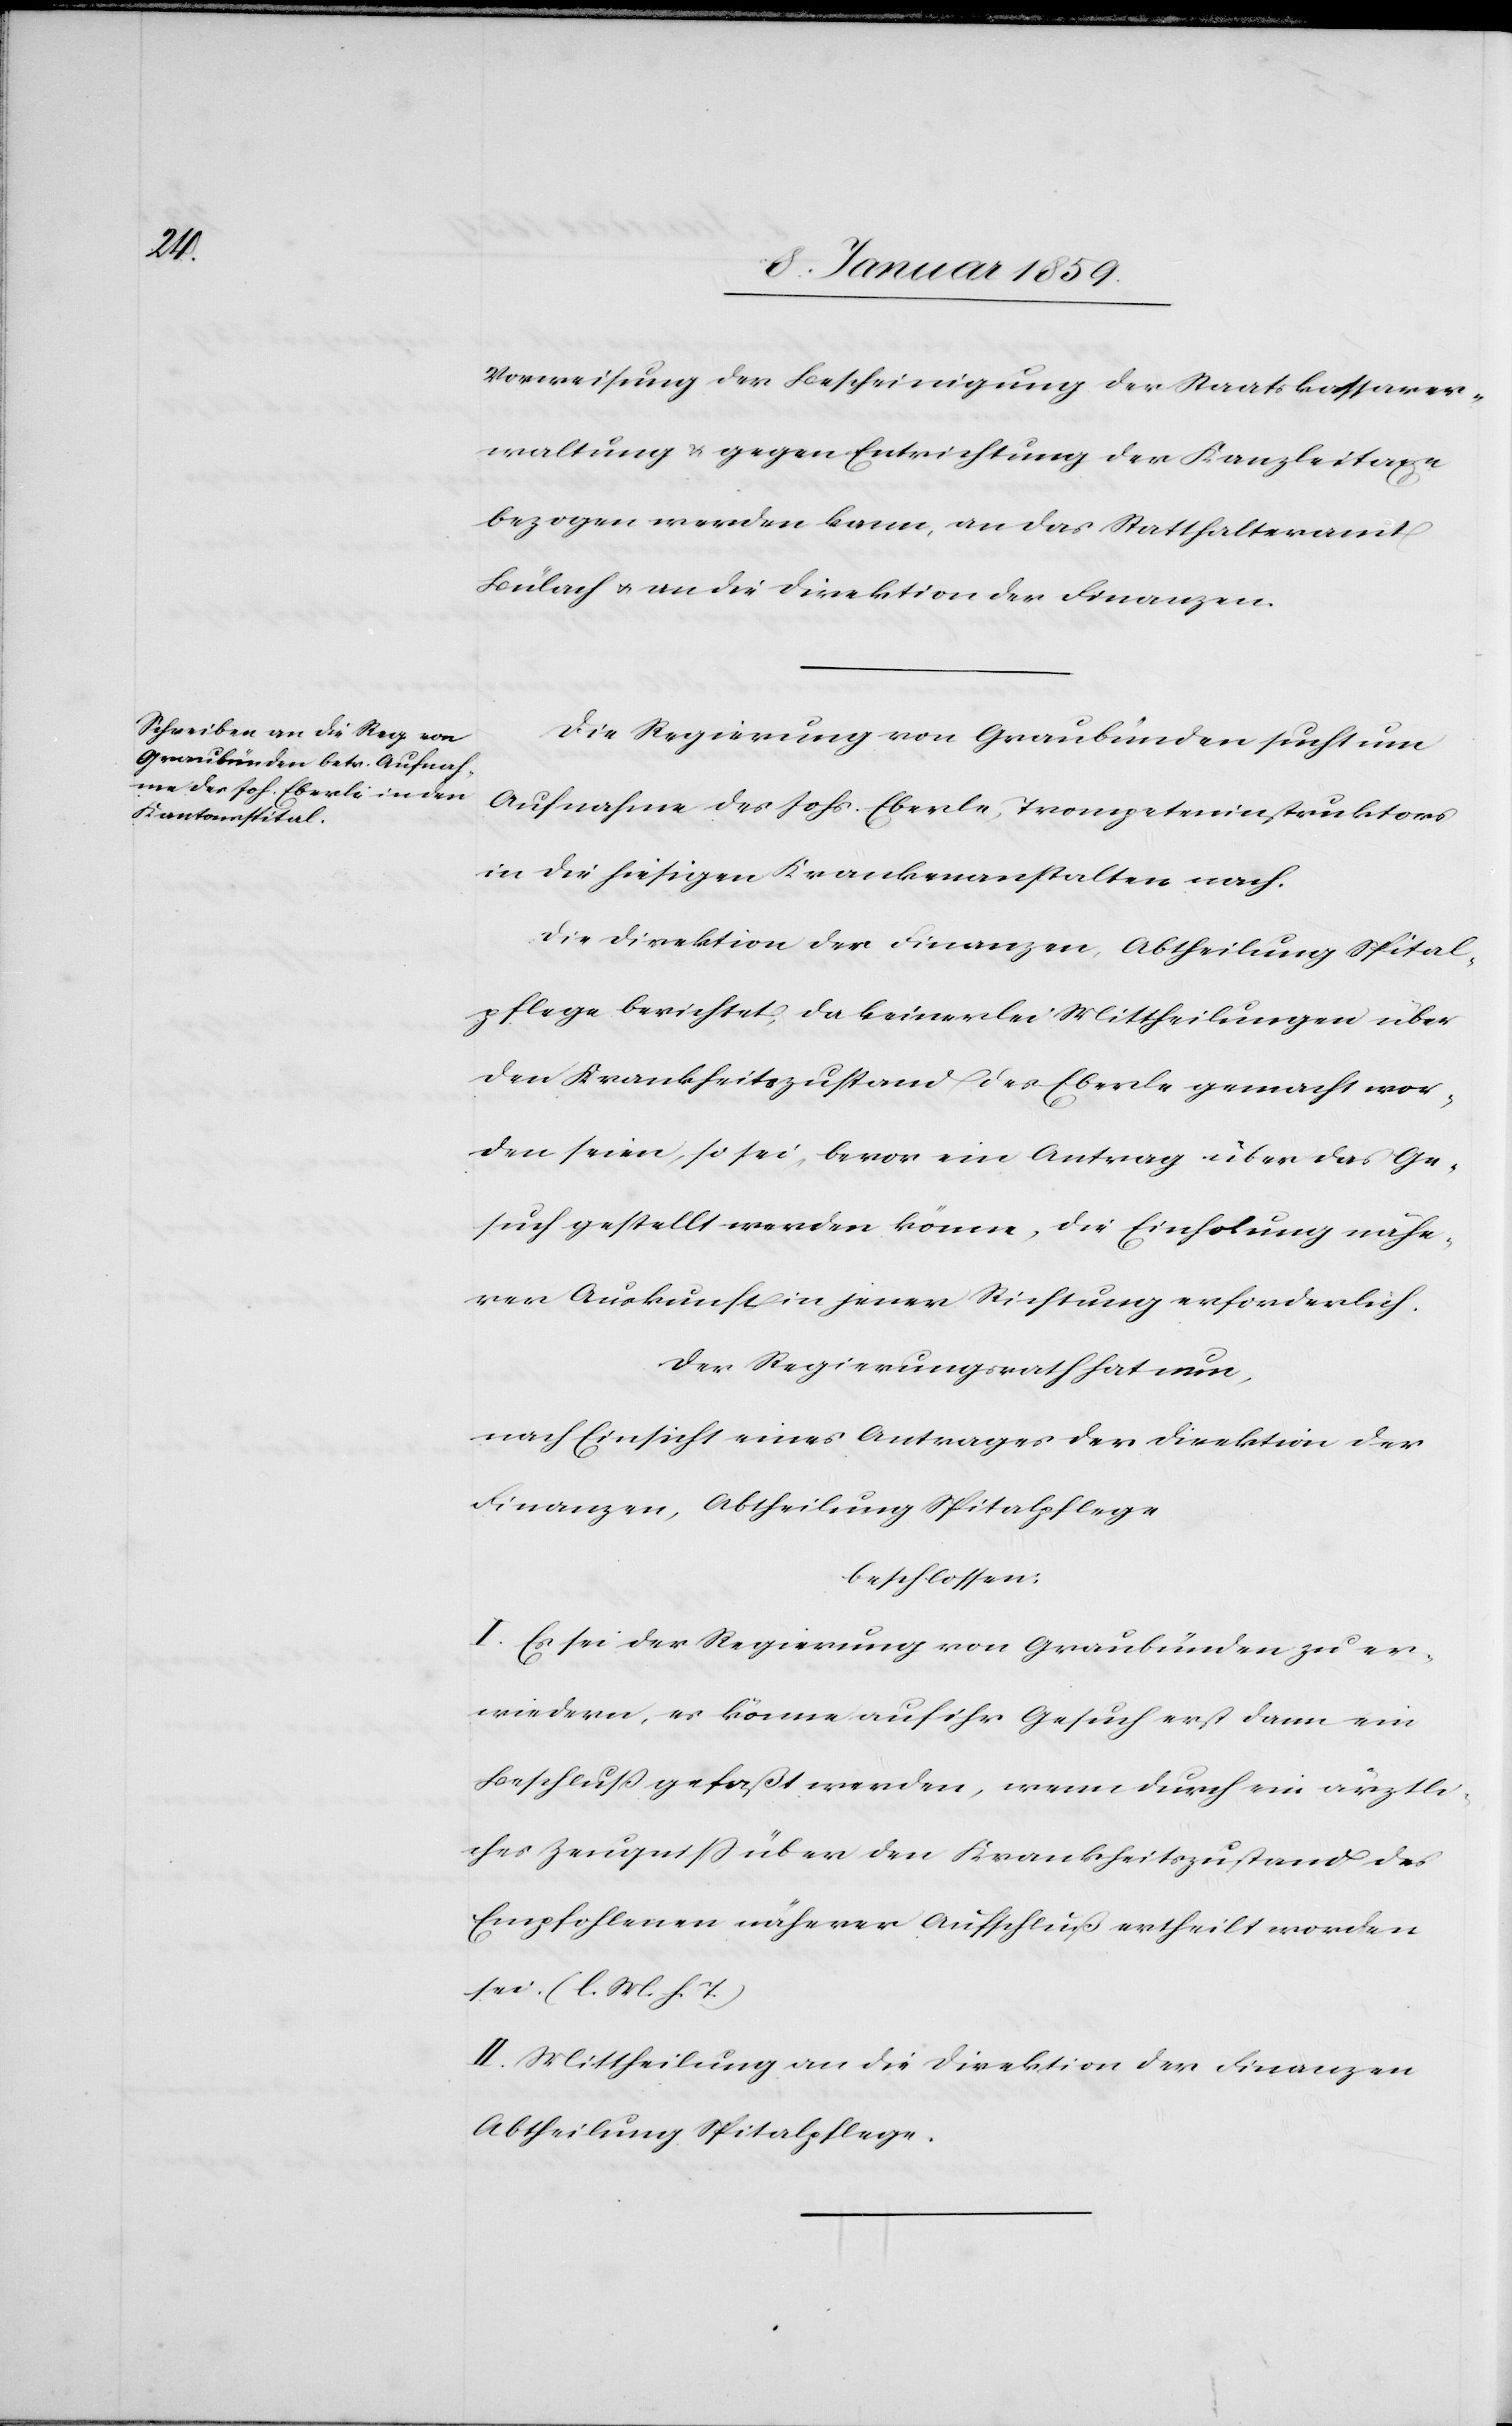
Vorweisung der Bescheinigung der Staatskassaver¬
waltung u. gegen Entrichtung der Kanzleitaxe
bezogen werden kann, an das Statthalteramt
Bülach u. an die Direktion der Finanzen.
Die Regierung von Graubünden sucht um
Aufnahme des Johs. Eberle [sic!], Trompeteninstruktors
in die hiesigen Krankenanstalten nach.
Die Direktion der Finanzen, Abtheilung Spital¬
pflege berichtet, da keinerlei Mittheilungen über
den Krankheitszustand des Eberle gemacht wor¬
den seien, so sei, bevor ein Antrag über das Ge¬
such gestellt werden könne, die Einholung nähe¬
rer Auskunft in jener Richtung erforderlich.
Der Regierungsrath hat nun,
nach Einsicht eines Antrages der Direktion der
Finanzen, Abtheilung Spitalpflege
beschlossen:
I. Es sei der Regierung von Graubünden zu er¬
wiedern, es könne auf ihr Gesuch erst dann ein
Beschluß gefaßt werden, wenn durch ein ärztli¬
ches Zeugniß über den Krankheitszustand des
Empfohlenen näherer Aufschluß ertheilt worden
sei. (l. M. h. T.)
II. Mittheilung an die Direktion der Finanzen
Abtheilung Spitalpflege.